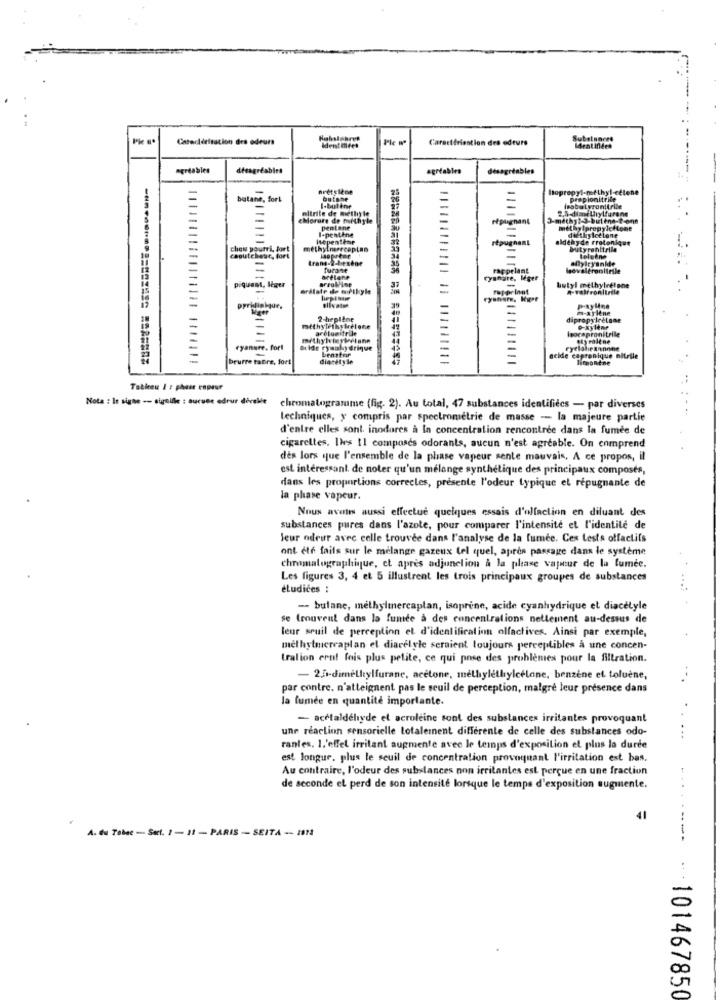
Pk ".
Caractérisation des odeurs
Caractériention des odeurs
Substances
Identdites
Meat inden
agréables
téeagréables
agréables
désagréables
[topropy
butane, fort
=
propionitrile
mitrite de methyle
Morate de moithyle
répugnant
méthy ?- 3-
KO-buline
:...
pentane
-penthna
=
-
hsepentear
répugnant
aldehyde rrote
chew pourri, fort
methylneercepLan
tyranit
caoutchouc, fort
Biryanide
furane
rappelant
tronl
areallist
ryshare, léger
butyl methyla
piquant, léger
erstate de urlkyle
33
pyrilinkque.
-
-
m-xylene
2-hepline
dipropylretone
-
arélonitrile
pocapronitrile
fly Polene
ryanure. fort
Beide rysalg drique
Lenstor
ryelskiegoone
beurre tabre, fort
diacetyle
acide captanique nitrile
montne
Tableeu I : phest rapeur
Nota : In signe -- steile : aucune edrur deralle
chromatogramme (fig. 2). Au total, 47 substances identifiecs - par diverses
techniques, y compris par spectrométrie de masse -- la majeure partie
d'entre elles sont inodares à In concentration rencontrée dans la fumée de
cigarettes, lles 11 composes odorants, aucun n'est agréable. On comprend
des lors que l'ensemble de la phase vapeur sente mauvais, A ce propos, il
est intéressant. de noter qu'un mélange synthétique des principaux composés,
dans les proportions correcles, presente l'odeur typique et repugnante de
la phase vapeur.
Nous avons aussi effectue quelques essais d'olfaction en diluant des
substances pures dans l'azote, pour comparer l'intensité et l'identité de
Jeur odeur avec celle trouvee dans l'analyse de la fumée. Ces tests olfactifs
ont été fails sur le mélange gazeux tel quel, après passage dans le système
chromatographique, et apres adjunelion a la phase vapeur de la lumee.
Les figures 3, 4 et 5 illustrent les trois principaux groupes de substances
étudiées :
- bulane, methylmercaplan, isoprine, acide cyanhydrique et diacetyle
se trouvent dans la fumée a des concentrations nellement au-dessus de
leur seuil de perception et d'identification olfactives. Ainsi par exemple,
methylmercaplan el diacelyle seraient toujours perceptibles a une concen-
tralion ernt fois plus petite, ce qui pose des problèmes pour la filtration.
- 20-dimethylfurane, acétone, melhylethylcélane, benzene el toluène,
par contre. n'atteignent pas le seuil de perception, malgré leur présence dans
la fumée en quantité importante.
- acetaldéhyde et acroleine sont des substances irritantes provoquant
une réaction sensorielle totalement différente de celle des substances odo-
rantes. 1.'effel irritant augmente avec le temps d'exposition et plus la durde
est longue, plus le seuil de concentration provoquant l'irritation est bas.
Au contraire, l'odeur des substances non irritantes est perçue en une fraction
de seconde el perd de son intensité lorsque le temps d'exposition augmente.
41
A. du Tabac - Sect. 2 - 11 - PARIS - SEITA -- 1872
*****--- - 101467850